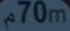
70m